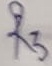
Text: R3